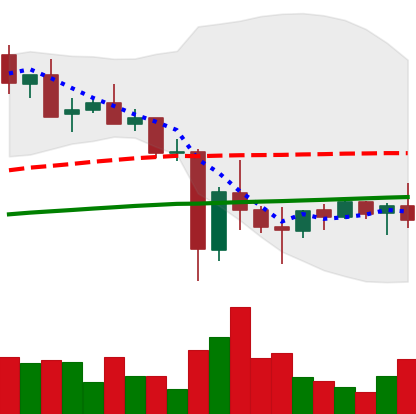
Ticker: XMR-USD
Chart end date: 2021-05-29
Forward return: 26.992%
Label: up_7plus